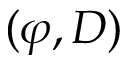
( \varphi , D )